Source: Handwritten
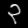
Digit: ၃ (3)